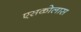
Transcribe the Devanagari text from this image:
एसकोलास